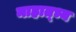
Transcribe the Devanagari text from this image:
माहात्भ्य